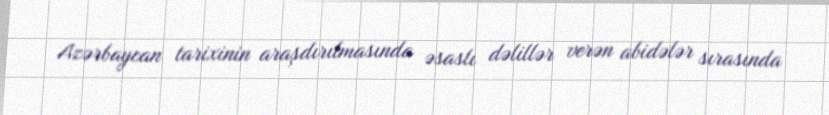
Azərbaycan tarixinin araşdırılmasında əsaslı dəlillər verən abidələr sırasında